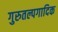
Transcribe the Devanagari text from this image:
गुरुतल्पगादिक